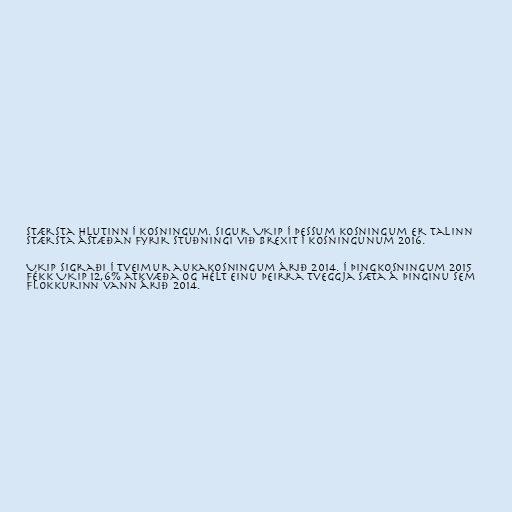
stærsta hlutinn í kosningum. Sigur UKIP í þessum kosningum er talinn
stærsta ástæðan fyrir stuðningi við Brexit í kosningunum 2016.

UKIP sigraði í tveimur aukakosningum árið 2014. Í þingkosningum 2015
fékk UKIP 12,6% atkvæða og hélt einu þeirra tveggja sæta á þinginu sem
flokkurinn vann árið 2014.